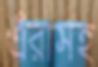
এঁরাসহ